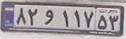
۸۲و۱۱۷۵۳